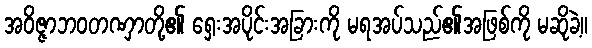
အဝိဇ္ဇာဘဝတဏှာတို့၏ ရှေးအပိုင်းအခြားကို မရအပ်သည်၏အဖြစ်ကို မဆိုခဲ့။